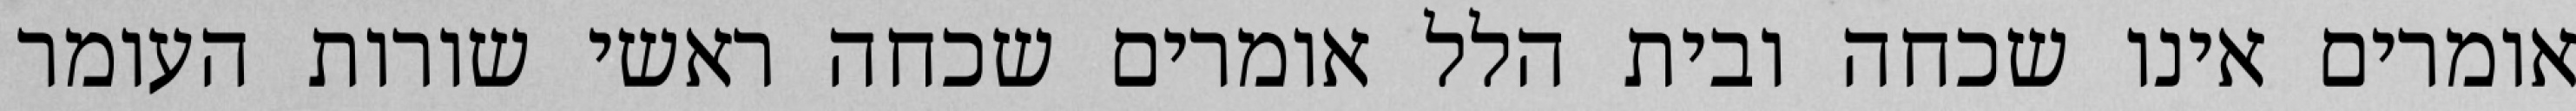
אומרים אינו שכחה ובית הלל אומרים שכחה ראשי שורות העומר